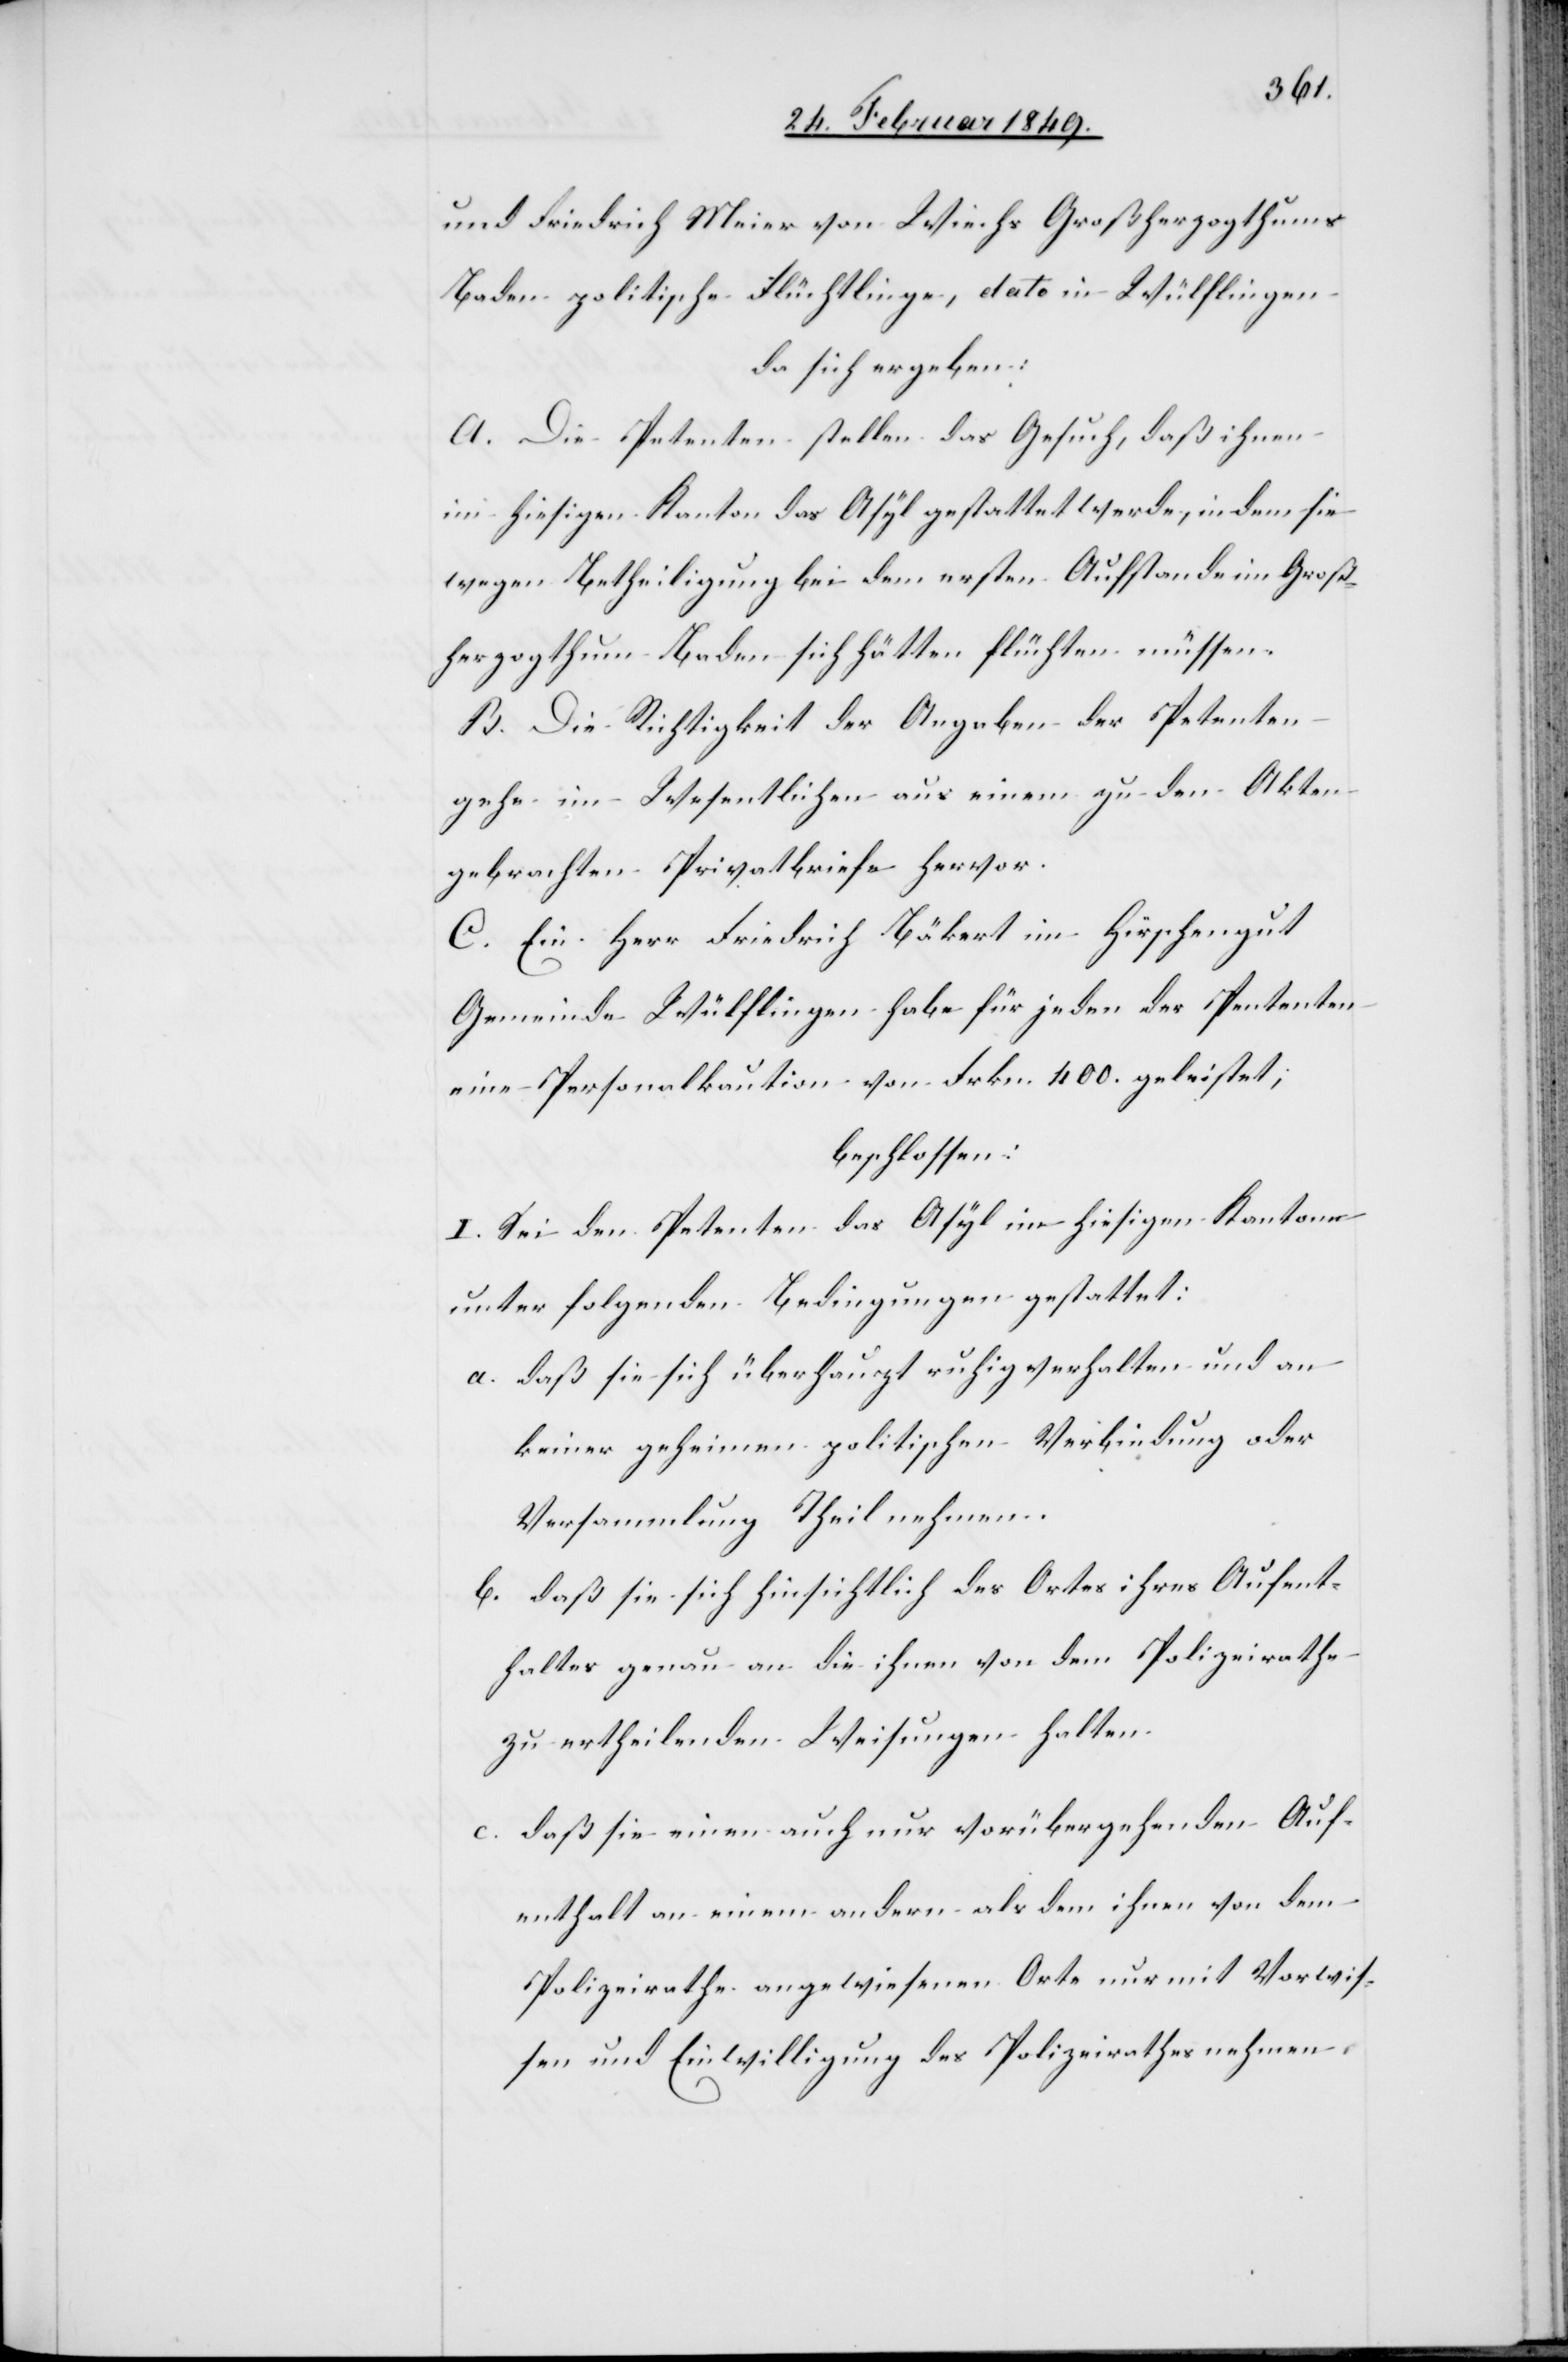
und Friedrich Meier von Wiechs Großherzogthums
Baden politische Flüchtlinge, dato in Wülflingen
da sich ergeben:
A. Die Petenten stellen das Gesuch, daß ihnen
im hiesigen Kanton das Asyl gestattet werde, indem sie
wegen Betheiligung bei dem ersten Aufstande im Groß¬
herzogthum Baden sich hätten flüchten müssen.
B. Die Richtigkeit der Angaben der Petenten
gehe im Wesentlichen aus einem zu den Akten
gebrachten Privatbriefe hervor.
C. Ein Herr Friedrich Bäkert im Hirschengut
Gemeinde Wülflingen habe für jeden der Petenten
eine Personalkaution von Frkn. 400. geleistet;
beschlossen:
I. Sei den Petenten das Asyl im hiesigen Kantone
unter folgenden Bedingungen gestattet:
a. daß sie sich überhaupt ruhig verhalten und an
keiner geheimen politischen Verbindung oder
Versammlung Theil nehmen.
b. daß sie sich hinsichtlich des Ortes ihres Aufent¬
haltes genau an die ihnen von dem Polizeirathe
zu ertheilenden Weisungen halten.
c. daß sie einen auch nur vorübergehenden Auf¬
enthalt an einem andern als dem ihnen von dem
Polizeirathe angewiesenen Orte nur mit Vorwis¬
sen und Einwilligung des Polizeirathes nehmen.